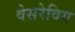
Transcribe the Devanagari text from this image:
वेसरेविग